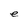
Character: e